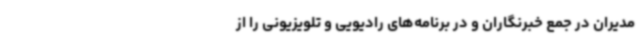
مدیران در جمع خبرنگاران و در برنامه‌های رادیویی و تلویزیونی را از